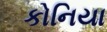
કોનિયા